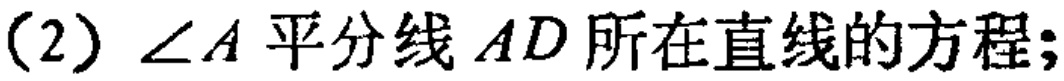
(2) \(\angle A\)平分线\(AD\)所在直线的方程;